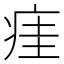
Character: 㾏